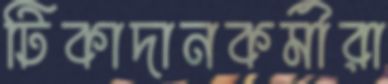
টিকাদানকর্মীরা